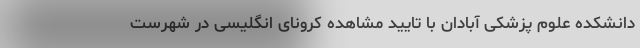
دانشکده علوم پزشکی آبادان با تایید مشاهده کرونای انگلیسی در شهرست